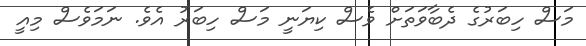
މަސް ހިބަރުގެ ދެބާވަތަށް ވެސް ކިޔަނީ މަސް ހިބަރު އެވެ. ނަމަވެސް މިއީ